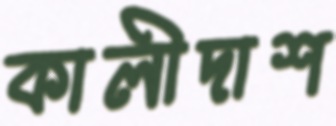
কালীদাশ